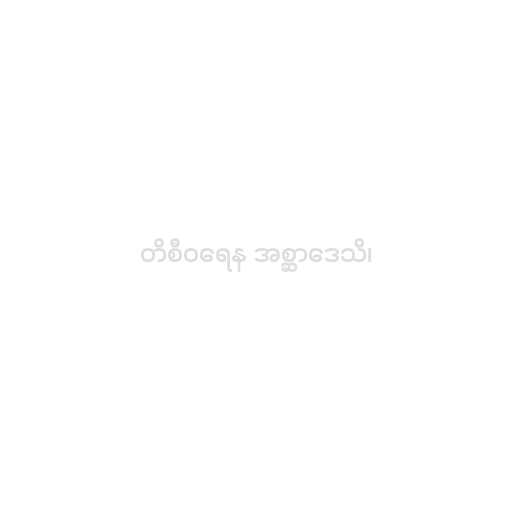
တိစီဝရေန အစ္ဆာဒေသိ၊